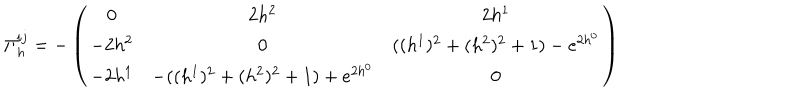
\Pi _ { h } ^ { i j } = - \left( \begin{matrix} { { 0 } } & { { 2 h ^ { 2 } } } & { { 2 h ^ { 1 } } } \\ { { - 2 h ^ { 2 } } } & { { 0 } } & { { ( ( h ^ { 1 } ) ^ { 2 } + ( h ^ { 2 } ) ^ { 2 } + 1 ) - e ^ { 2 h ^ { 0 } } } } \\ { { - 2 h ^ { 1 } } } & { { - ( ( h ^ { 1 } ) ^ { 2 } + ( h ^ { 2 } ) ^ { 2 } + 1 ) + e ^ { 2 h ^ { 0 } } } } & { { 0 } } \\ \end{matrix} \right)